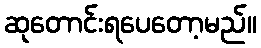
ဆုတောင်းရပေတော့မည်။